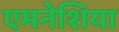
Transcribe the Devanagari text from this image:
एमनेशिया